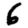
Digit: 6